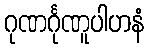
ဂုဏင်္ဂုဏူပါဟနံ